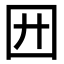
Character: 㘟